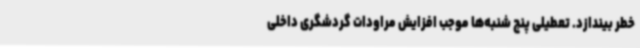
خطر بیندازد. تعطیلی پنج شنبه‌ها موجب افزایش مراودات گردشگری داخلی